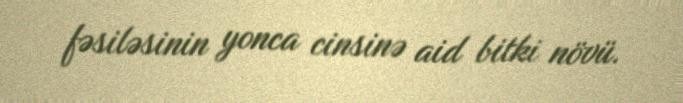
fəsiləsinin yonca cinsinə aid bitki növü.